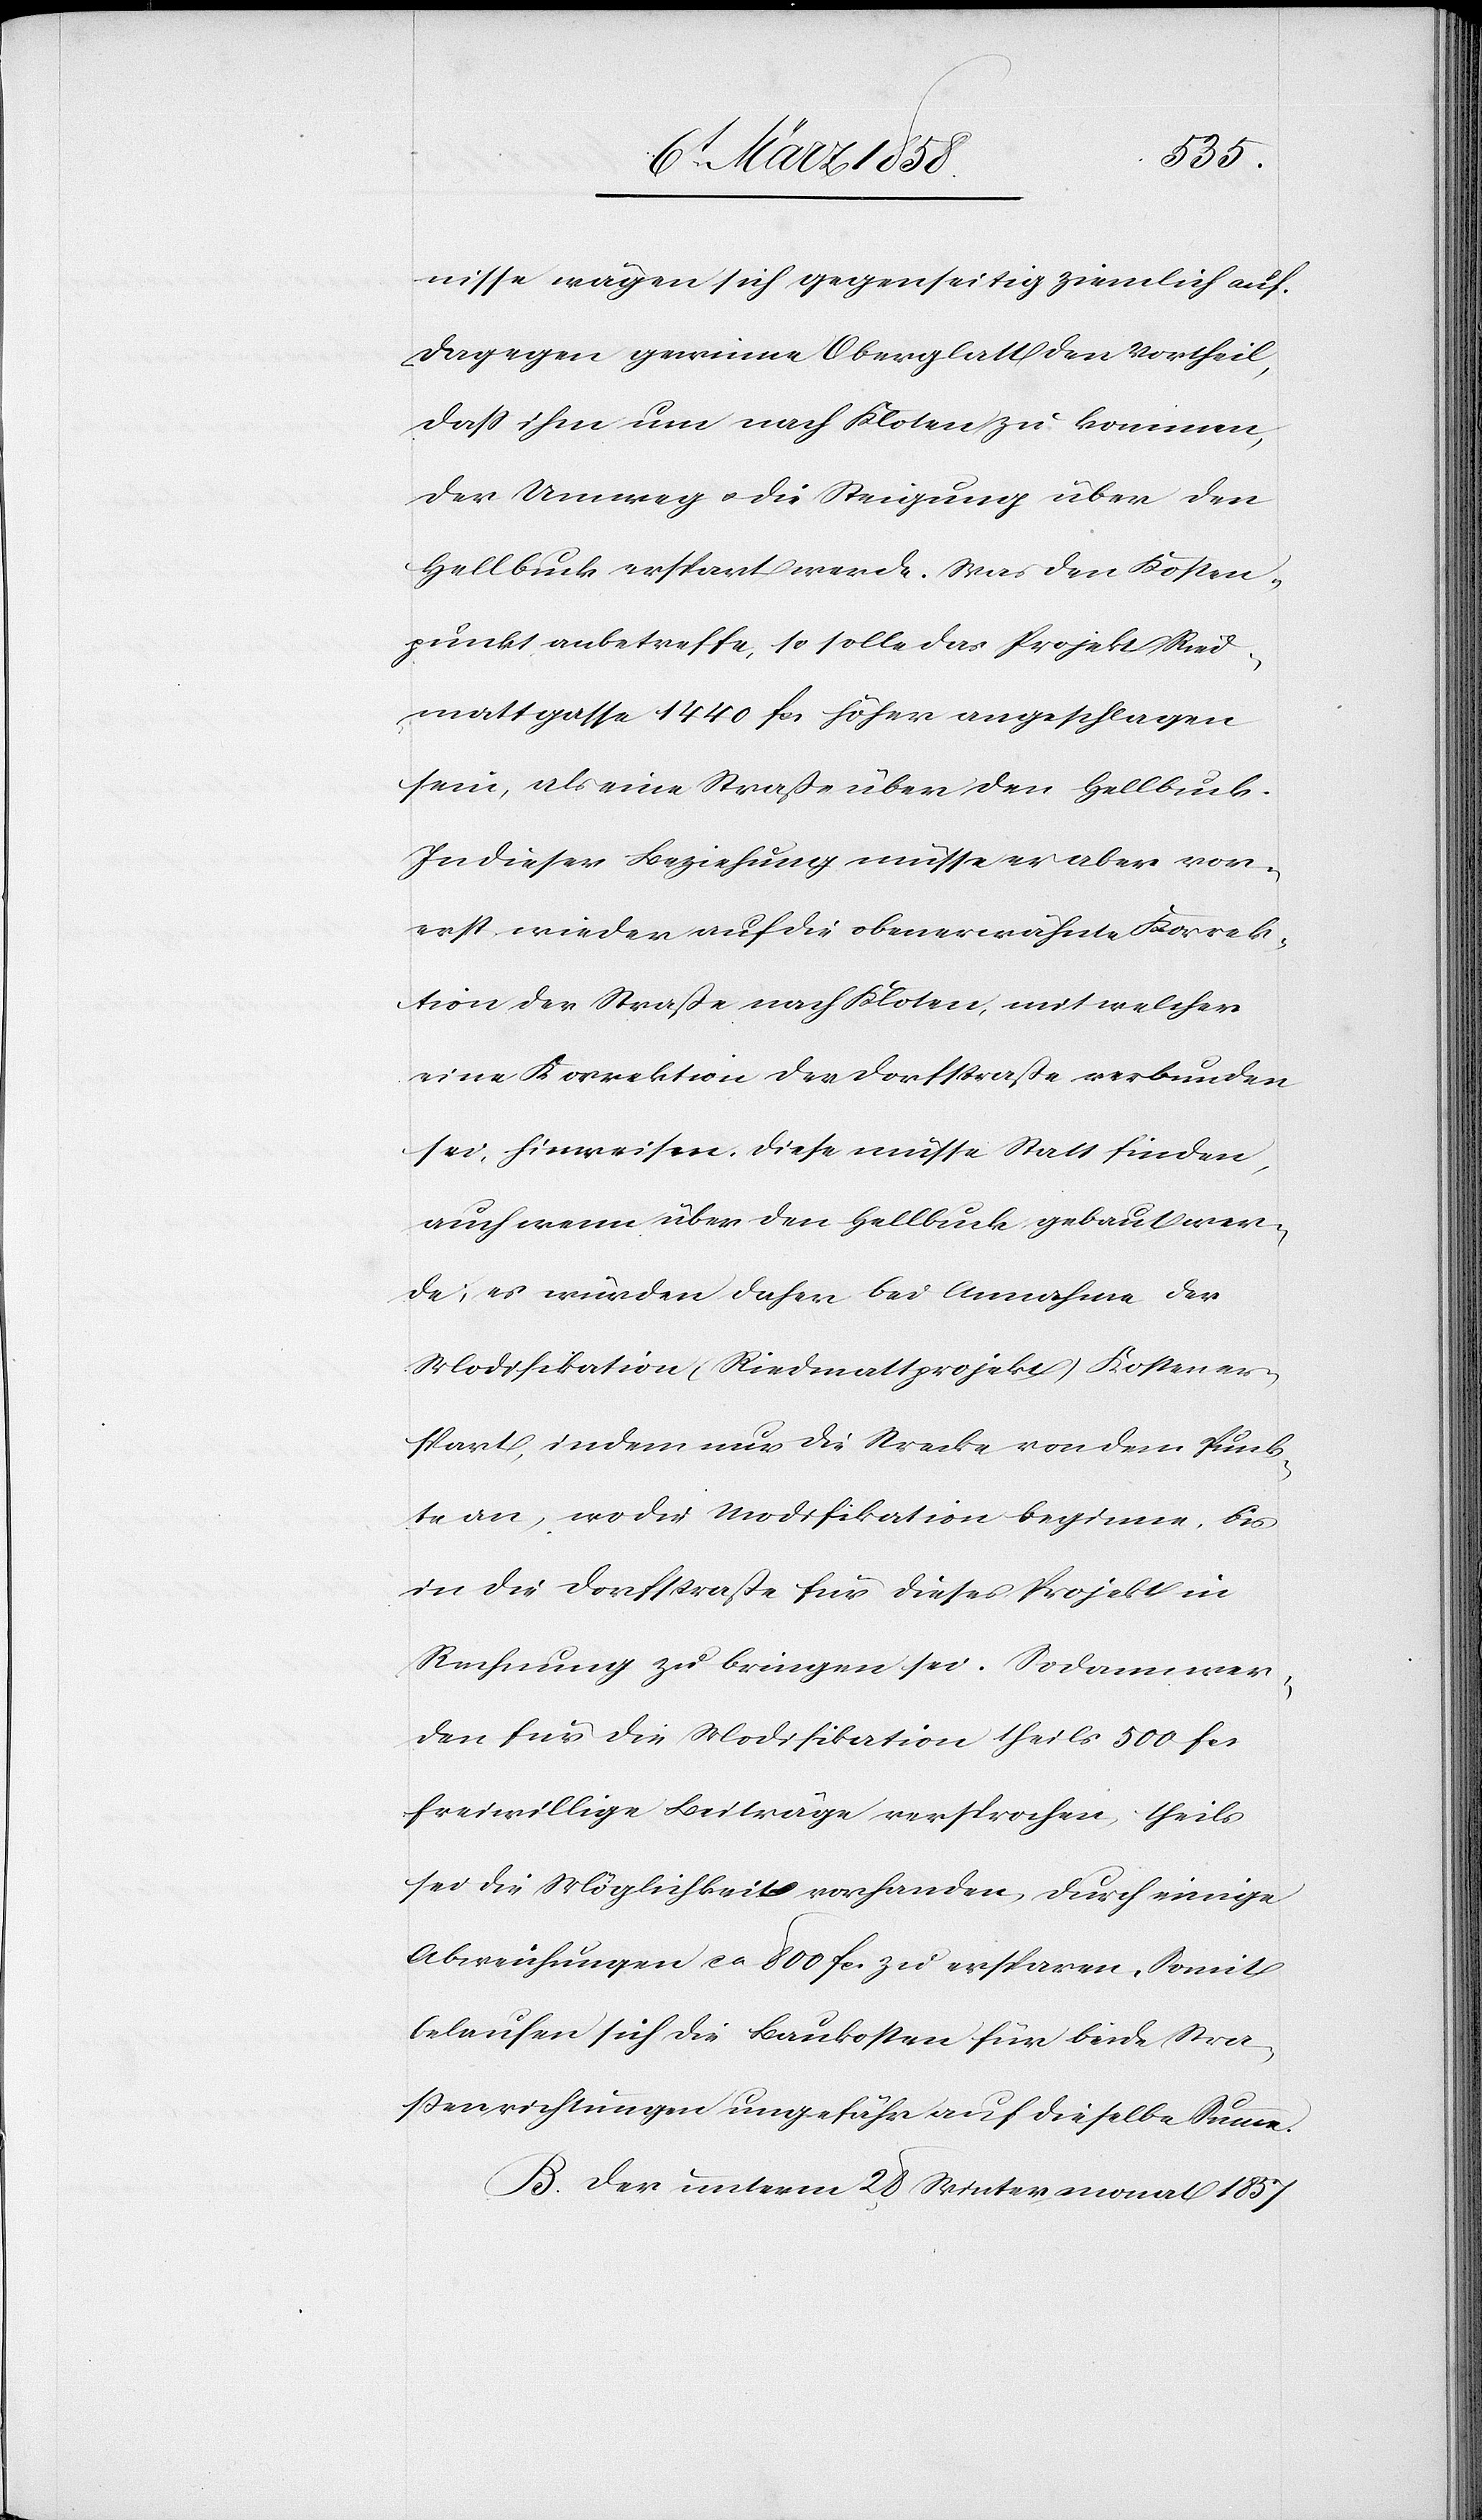
nisse wägen sich gegenseitig ziemlich auf.
Dagegen gewinne Oberglatt den Vortheil,
daß ihm um nach Kloten zu kommen,
der Umweg u. die Steigung über den
Hellbuck erspart werde. Was den Kosten¬
punkt anbetreffe, so solle das Projekt Ried¬
mattgasse 1440 fcs. höher angeschlagen
sein, als eine Straße über den Hellbuck.
In dieser Beziehung müsse er aber vor¬
erst wieder auf die obenerwähnte Korrek¬
tion der Straße nach Kloten, mit welcher
eine Korrektion der Dorfstraße verbunden
sei, hinweisen. Diese müsse Statt finden,
auch wenn über den Hellbuck gebaut wer¬
de; es würden daher bei Annahme der
Modifikation (Riedmattprojekt) Kosten er¬
spart, indem nur die Strecke von dem Punk¬
te an, wo die Modifikation beginne, bis
in die Dorfstraße für dieses Projekt in
Rechnung zu bringen sei. Sodann wer¬
den für die Modifikation theils 500 fcs.
freiwillige Beiträge versprochen, theils
sei die Möglichkeit vorhanden, durch einige
Abweichungen ca. 800 fcs. zu ersparen. Somit
belaufen sich die Baukosten für beide Stra¬
ßenrichtungen ungefähr auf dieselbe Summe.
B. Der unterm 28. Wintermonat 1857